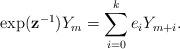
LaTeX: \begin{align*}\exp(\mathbf{z}^{-1})Y_m=\sum^k_{i=0}e_iY_{m+i}.\end{align*}